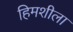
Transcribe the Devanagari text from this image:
हिमशीला